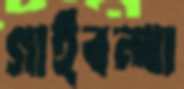
গাইবন্ধা